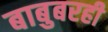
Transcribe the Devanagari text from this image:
बाबुबरही